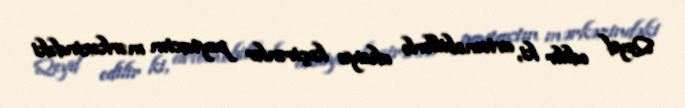
Qeyd edilir ki, avtomobillərlə aksiya keçirənlər paytaxtın mərkəzindəki